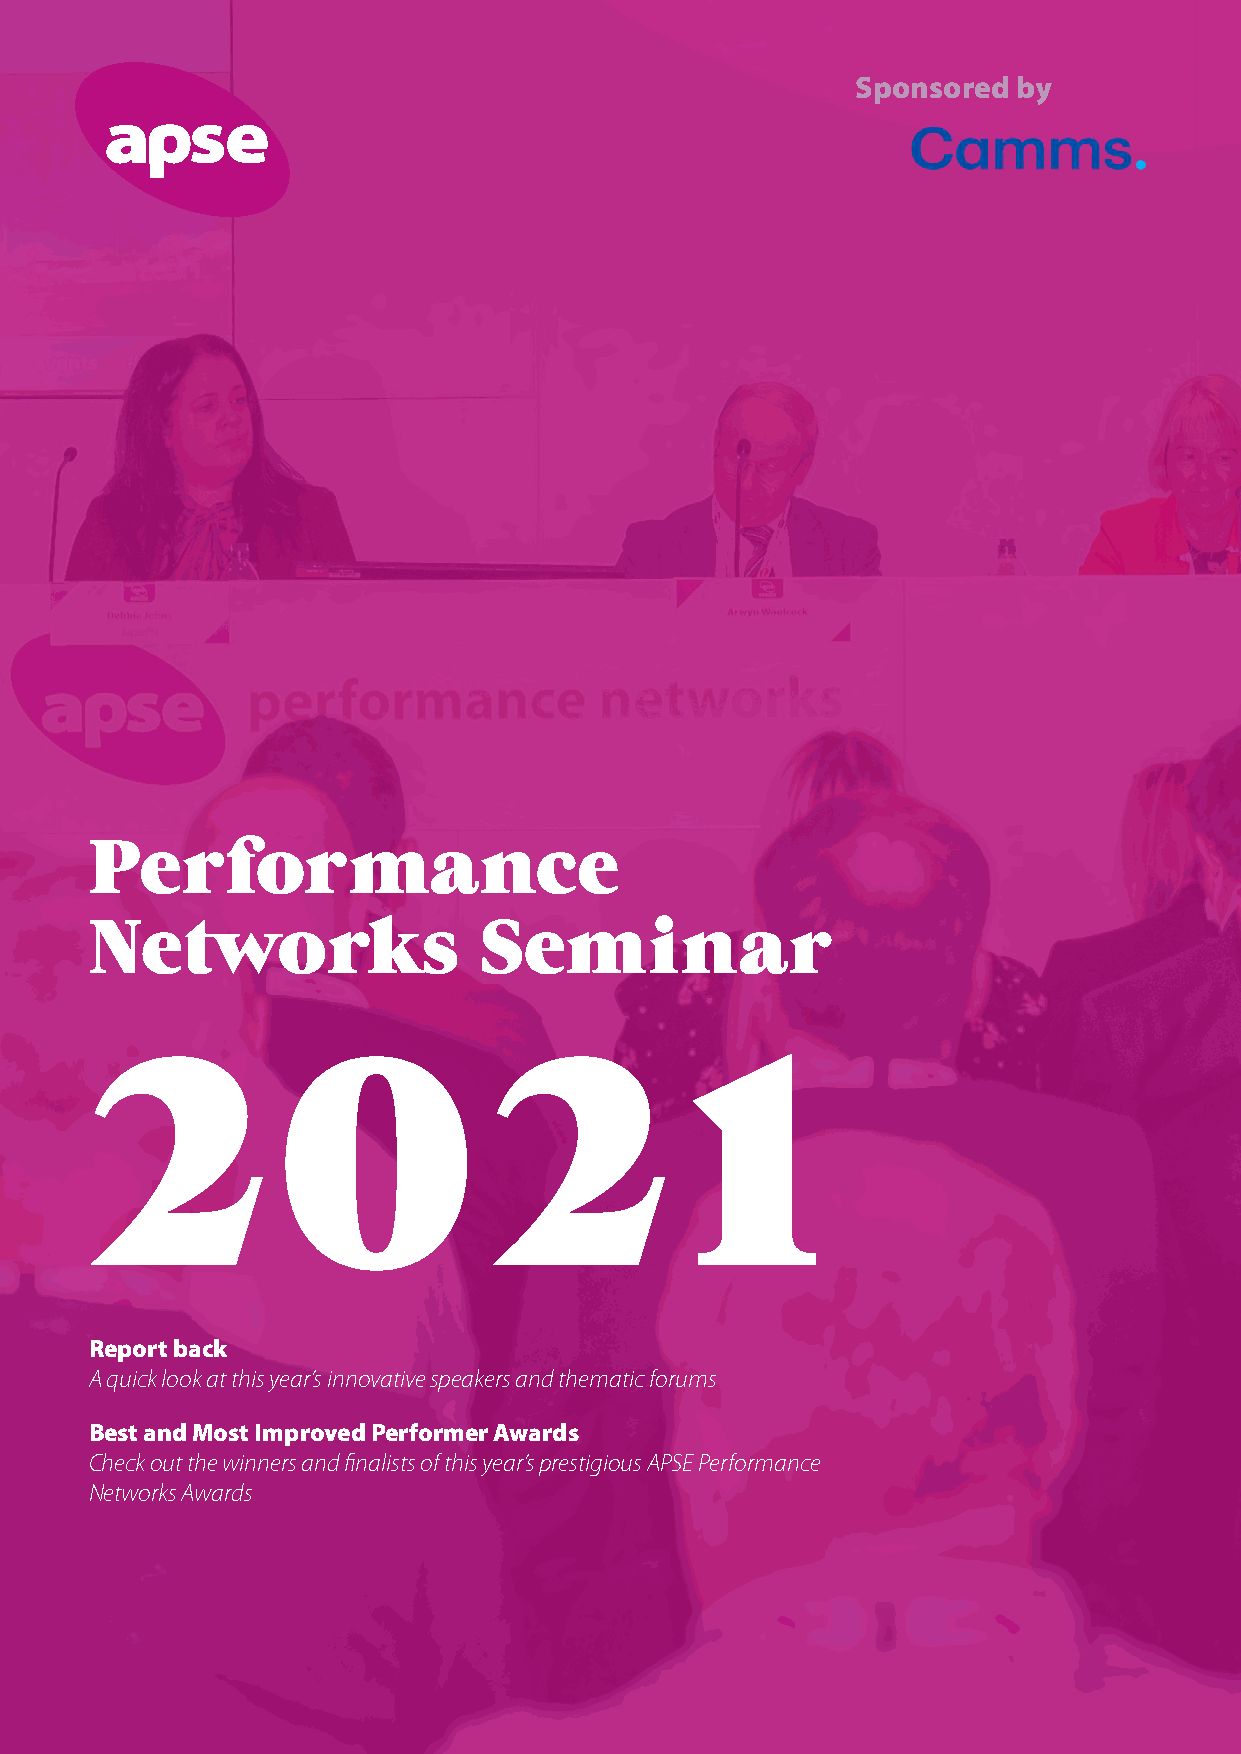
Sponsored by
 Performance
 Networks                  Seminar
 2           0             2            1
 Report back
 A quick look at this year’s innovative speakers and thematic forums
 Best and Most Improved Performer Awards
 Check out the winners and finalists of this year’s prestigious APSE Performance
 Networks Awards
 9